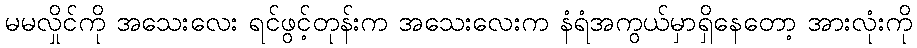
မမလှိုင်ကို အသေးလေး ရင်ဖွင့်တုန်းက အသေးလေးက နံရံအကွယ်မှာရှိနေတော့ အားလုံးကို